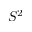
S ^ { 2 }